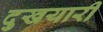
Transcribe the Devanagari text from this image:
दुखयारी